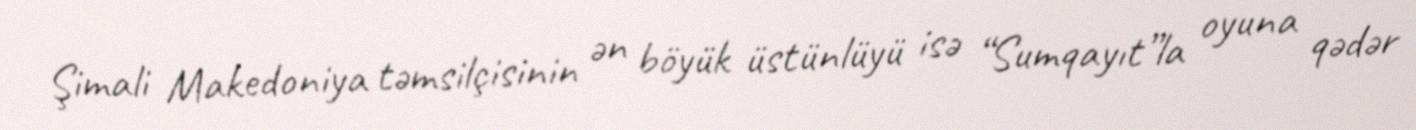
Şimali Makedoniya təmsilçisinin ən böyük üstünlüyü isə “Sumqayıt”la oyuna qədər